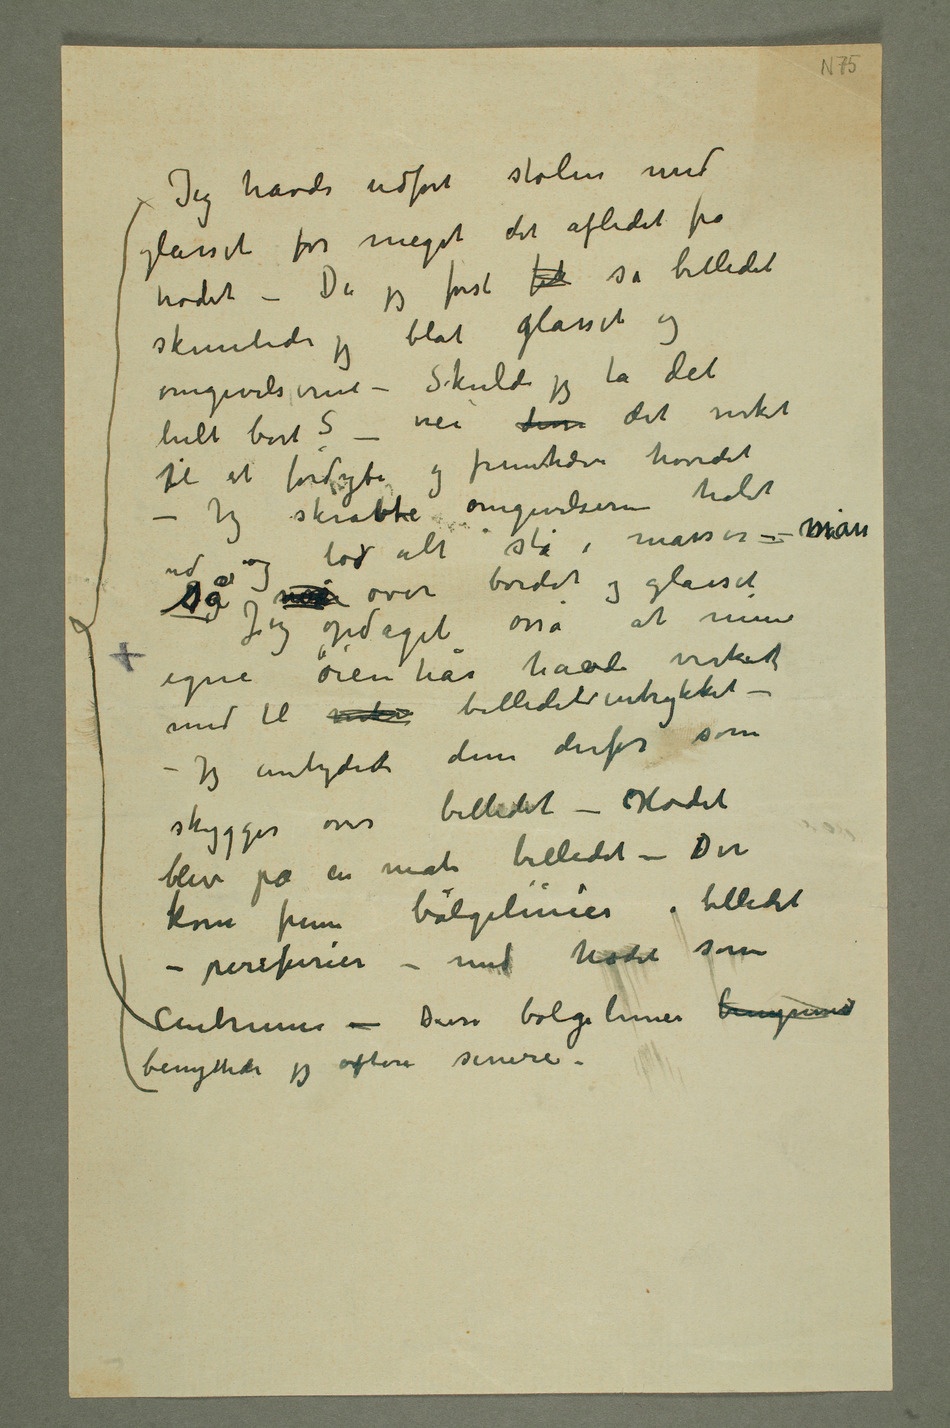
Jeg havde udført stolen med
glasset for meget det afledet fra
hodet – Da jeg først fik så billedet
skimtede jeg blot glasset og
omgivelserne – Skulde jeg ta det
helt bort? – nei disse det virket
til at fordybe og fremhæve hovedet
– Jeg skrabte omgivelserne halvt
ud og lod alt stå i masser – man
Jeg opdaget osså at mine
egne øienhår havde virket
med til virke billedets intrykket – –
Jeg antydert dem derfor som
skygger over billedet – Hodet
blev på en måte billedet – Der
kom frem bølgelinier i billedet